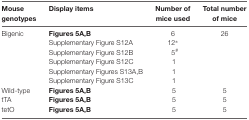
| Mouse genotypes | Display items | Number of mice used | Total number of mice |
 | --- | --- | --- | --- |
 | Bigenic | Figures 5A,B | 6 | 26 |
 |  | Supplementary Figure S12A | 12* |  |
 |  | Supplementary Figure S12B | 5# |  |
 |  | Supplementary Figure S12C | 1 |  |
 |  | Supplementary Figures S13A,B | 1 |  |
 |  | Supplementary Figure S13C | 1 |  |
 | Wild-type | Figures 5A,B | 5 | 5 |
 | tTA | Figures 5A,B | 5 | 5 |
 | tetO | Figures 5A,B | 5 | 5 |